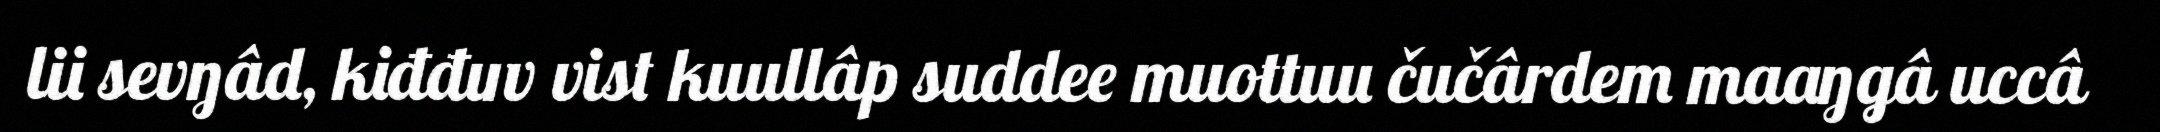
lii sevŋâd, kiđđuv vist kuullâp suddee muottuu čučârdem maaŋgâ uccâ